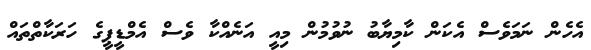
އެހެން ނަމަވެސް އެކަން ކާމިޔާބު ނުވުމުން މިއީ އަނެއްކާ ވެސް އެމްޑީޕީގެ ހަރަކާތްތައް